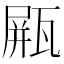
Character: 𤭸